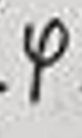
$\varphi$